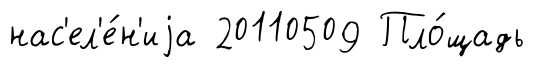
нас'ел'е́н'иjа 20110509 Пло́щадь